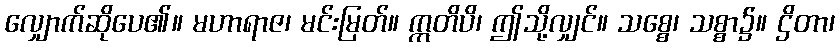
လျှောက်ဆိုပေ၏။ မဟာရာဇ၊ မင်းမြတ်။ ဣတိပိ၊ ဤသို့လျှင်။ သစ္စေ၊ သစ္စာ၌။ ဌိတာ၊